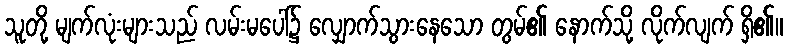
သူတို့ မျက်လုံးများသည် လမ်းမပေါ်၌ လျှောက်သွားနေသော တွမ်၏ နောက်သို့ လိုက်လျက် ရှိ၏။